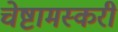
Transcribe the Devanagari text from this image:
चेष्टामस्करी